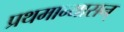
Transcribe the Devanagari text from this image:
प्रथमान्यासन्